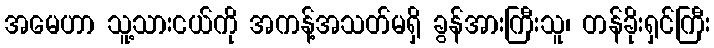
အမေဟာ သူ့သားငယ်ကို အကန့်အသတ်မရှိ ခွန်အားကြီးသူ၊ တန်ခိုးရှင်ကြီး